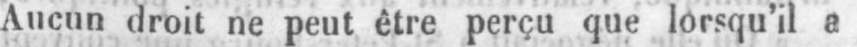
Aucun droit ne peut être perçu que lorsqu’il e